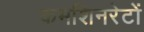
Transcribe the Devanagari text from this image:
कमशिनरेटों